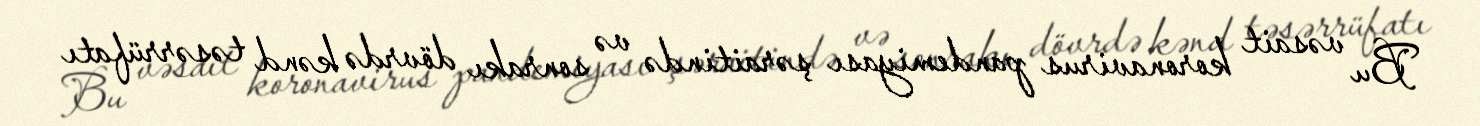
Bu vəsait koronavirus pandemiyası şəraitində və sonrakı dövrdə kənd təsərrüfatı